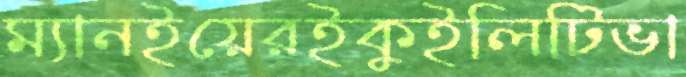
ম্যানইয়েরইকুইলিটিভা